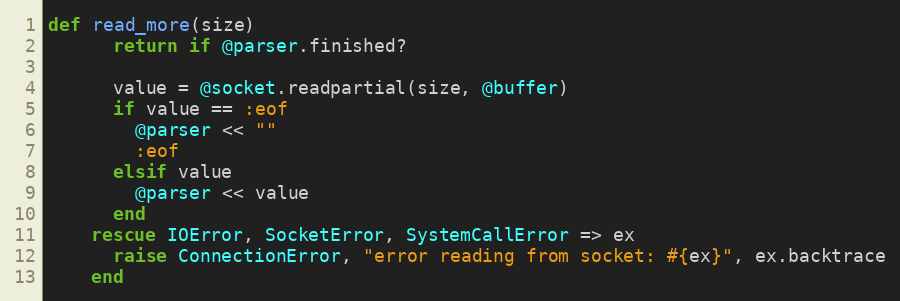
Language: Ruby
def read_more(size)
      return if @parser.finished?

      value = @socket.readpartial(size, @buffer)
      if value == :eof
        @parser << ""
        :eof
      elsif value
        @parser << value
      end
    rescue IOError, SocketError, SystemCallError => ex
      raise ConnectionError, "error reading from socket: #{ex}", ex.backtrace
    end